Vaccine operations Central Provinces 1868-1885 - 1868-1885
Year: 1868
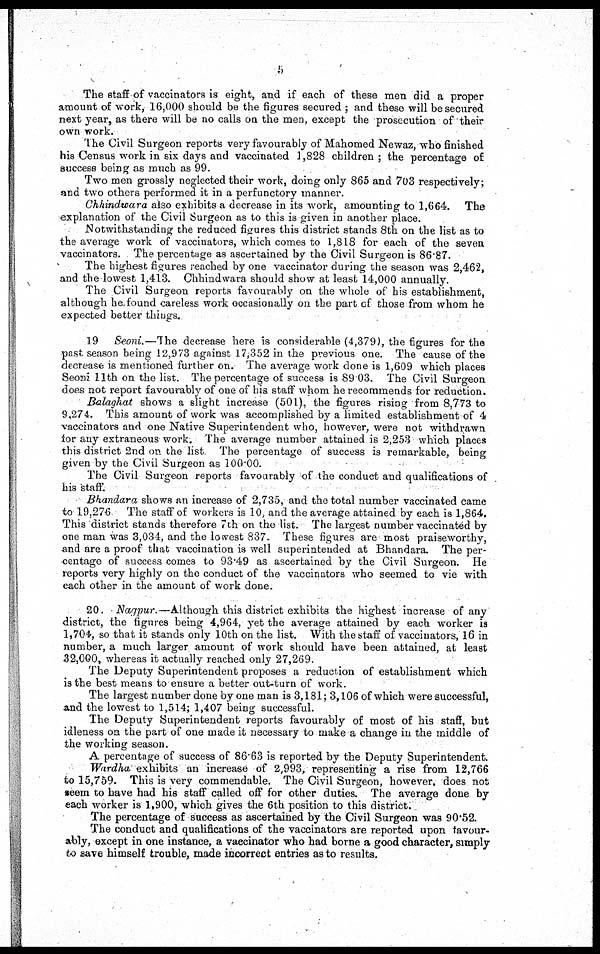
5
The staff of vaccinators is eight, and if each of these men did a proper
amount of work, 16,000 should be the figures secured ; and these will be secured
next year, as there will be no calls on the men, except the prosecution of their
own work.
The Civil Surgeon reports very favourably of Mahomed Newaz, who finished
his Census work in six days and vaccinated 1,828 children ; the percentage of
success being as much as 99.
Two men grossly neglected their work, doing only 865 and 703 respectively;
and two others performed it in a perfunctory manner.
Chhindwara also exhibits a decrease in its work, amounting to 1,664. The
explanation of the Civil Surgeon as to this is given in another place.
Notwithstanding the reduced figures this district stands 8th on the list as to
the average work of vaccinators, which comes to 1,818 for each of the seven
vaccinators. The percentage as ascertained by the Civil Surgeon is 86.87.
The highest figures reached by one vaccinator during the season was 2,462,
and the lowest 1,413. Chhindwara should show at least 14,000 annually.
The Civil Surgeon reports favourably on the whole of his establishment,
although he found careless work occasionally on the part of those from whom he
expected better things.
19 Seoni.—The decrease here is considerable (4,379), the figures for the
past season being 12,973 against 17,352 in the previous one. The cause of the
decrease is mentioned further on. The average work done is 1,609 which places
Seoni 11th on the list. The percentage of success is 89 03. The Civil Surgeon
does not report favourably of one of his staff whom he recommends for reduction.
Balaghat shows a slight increase (501), the figures rising from 8,773 to
9,274. This amount of work was accomplished by a limited establishment of 4
vaccinators and one Native Superintendent who, however, were not withdrawn
for any extraneous work. The average number attained is 2,253 which places
this district 2nd on the list The percentage of success is remarkable, being
given by the Civil Surgeon as 100.00.
The Civil Surgeon reports favourably of the conduct and qualifications of
his staff.
Bhandara shows an increase of 2,735, and the total number vaccinated came
to 19,276 The staff of workers is 10, and the average attained by each is 1,864.
This district stands therefore 7th on the list. The largest number vaccinated by
one man was 3,034, and the lowest 837. These figures are most praiseworthy,
and are a proof that vaccination is well superintended at Bhandara. The per-
centage of success comes to 93.49 as ascertained by the Civil Surgeon. He
reports very highly on the conduct of the vaccinators who seemed to vie with
each other in the amount of work done.
20. Nagpur.—Although this district exhibits the highest increase of any
district, the figures being 4,964, yet the average attained by each worker is
1,704, so that it stands only 10th on the list. With the staff of vaccinators, 16 in
number, a much larger amount of work should have been attained, at least
32,000, whereas it actually reached only 27,269.
The Deputy Superintendent proposes a reduction of establishment which
is the best means to ensure a better out-turn of work.
The largest number done by one man is 3,181; 3,106 of which were successful,
and the lowest to 1,514; 1,407 being successful.
The Deputy Superintendent reports favourably of most of his staff, but
idleness on the part of one made it necessary to make a change in the middle of
the working season.
A percentage of success of 86.63 is reported by the Deputy Superintendent.
Wardha exhibits an increase of 2,993, representing a rise from 12,766
to 15,759. This is very commendable. The Civil Surgeon, however, does not
seem to have had his staff called off for other duties. The average done by
each worker is 1,900, which gives the 6th position to this district.
The percentage of success as ascertained by the Civil Surgeon was 90.52.
The conduct and qualifications of the vaccinators are reported upon favour-
ably, except in one instance, a vaccinator who had borne a good character, simply
to save himself trouble, made incorrect entries as to results.